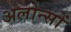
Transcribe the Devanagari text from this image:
अलोन्सों